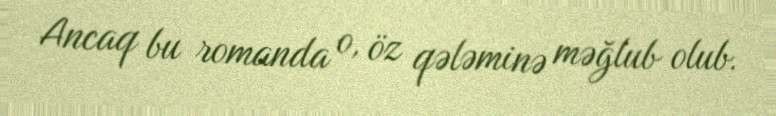
Ancaq bu romanda o, öz qələminə məğlub olub.